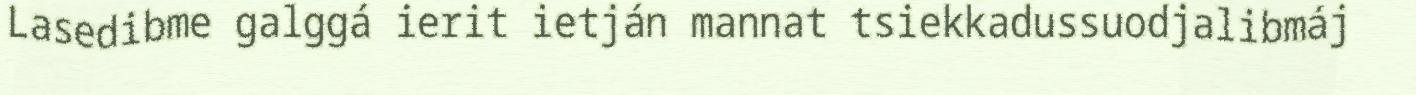
Lasedibme galggá ierit ietján mannat tsiekkadussuodjalibmáj